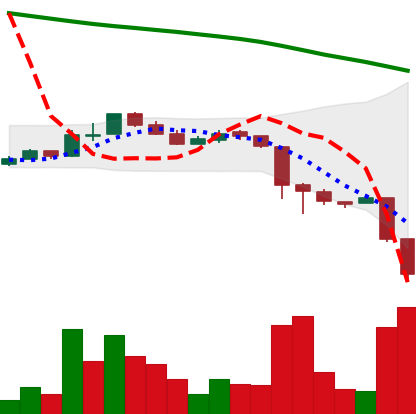
Ticker: ADA-USD
Chart end date: 2018-11-20
Forward return: -15.749%
Label: down_7plus